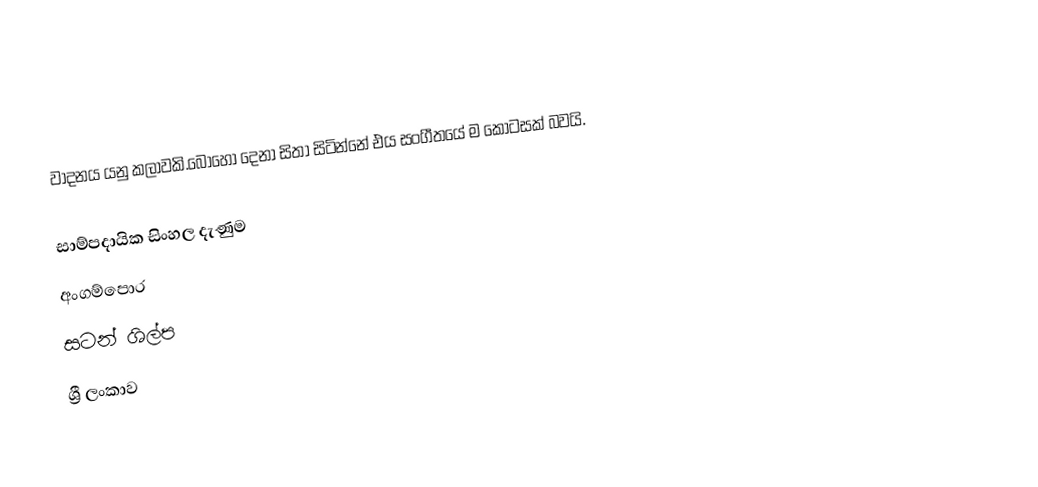
වාදනය යනු කලාවකි.බොහෝ දෙනා සිතා සිටින්නේ එය සංගීතයේ ම කොටසක් බවයි.

සාම්පදායික සිංහල දැණුම
අංගම්පොර
සටන් ශිල්ප
ශ්‍රී ලංකාව